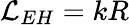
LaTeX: \mathcal{L}_{EH}=kR